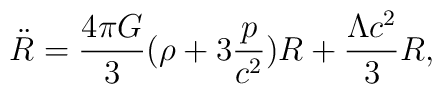
{\ddot R}=\frac{4\pi G}{3}(\rho+3\frac{p}{c^2})R+\frac{\Lambda c^2}{3}R,